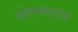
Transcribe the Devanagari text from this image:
पोतवाहन